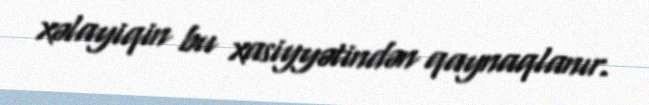
xəlayiqin bu xasiyyətindən qaynaqlanır.